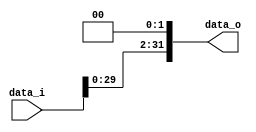
//Subject:      CO project 2 - Shift_Left_Two_32
//--------------------------------------------------------------------------------
//Version:     1
//--------------------------------------------------------------------------------
//Writer: 0510008  & 0510026 
//--------------------------------------------------------------------------------

module Shift_Left_Two_32(
    data_i,
    data_o
    );

//I/O ports                    
input [32-1:0] data_i;
output [32-1:0] data_o;

//shift left 2

assign data_o= {data_i[29:0], 2'b00}; 
     
endmodule